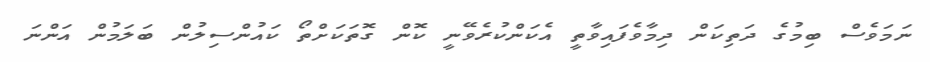
ނަމަވެސް ބިމުގެ ދަތިކަން ދިމާވެފައިވާތީ އެކަންކުރެވޭނީ ކޮން ގޮތަކަށްތޯ ކައުންސިލުން ބަލަމުން އަންނަ